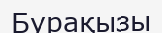
Бурақызы